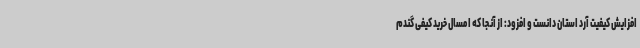
افزایش کیفیت آرد استان دانست و افزود: از آنجا که امسال خرید کیفی گندم